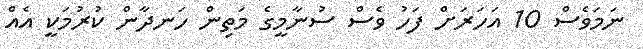
ނަމަވެސް 10 އަހަރަށް ފަހު ވެސް ސުނާމީގެ މަތިން ހަނދާން ކުރުމަކީ އެއް